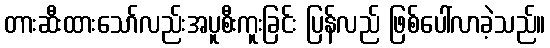
တားဆီးထားသော်လည်းအပူစီးကူးခြင်း ပြန်လည် ဖြစ်ပေါ်လာခဲ့သည်။